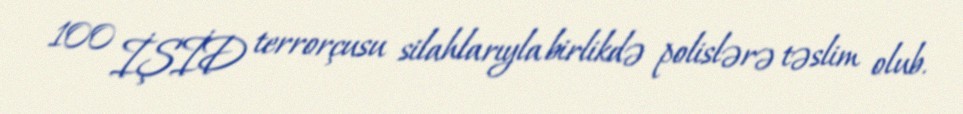
100 İŞİD terrorçusu silahlarıyla birlikdə polislərə təslim olub.